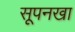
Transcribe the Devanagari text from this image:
सूपनखा